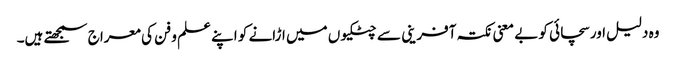
وہ دلیل اور سچائی کو بے معنی نکتہ آفرینی سے چٹکیوں میں اڑانے کو اپنے علم و فن کی معراج سمجھتے ہیں۔